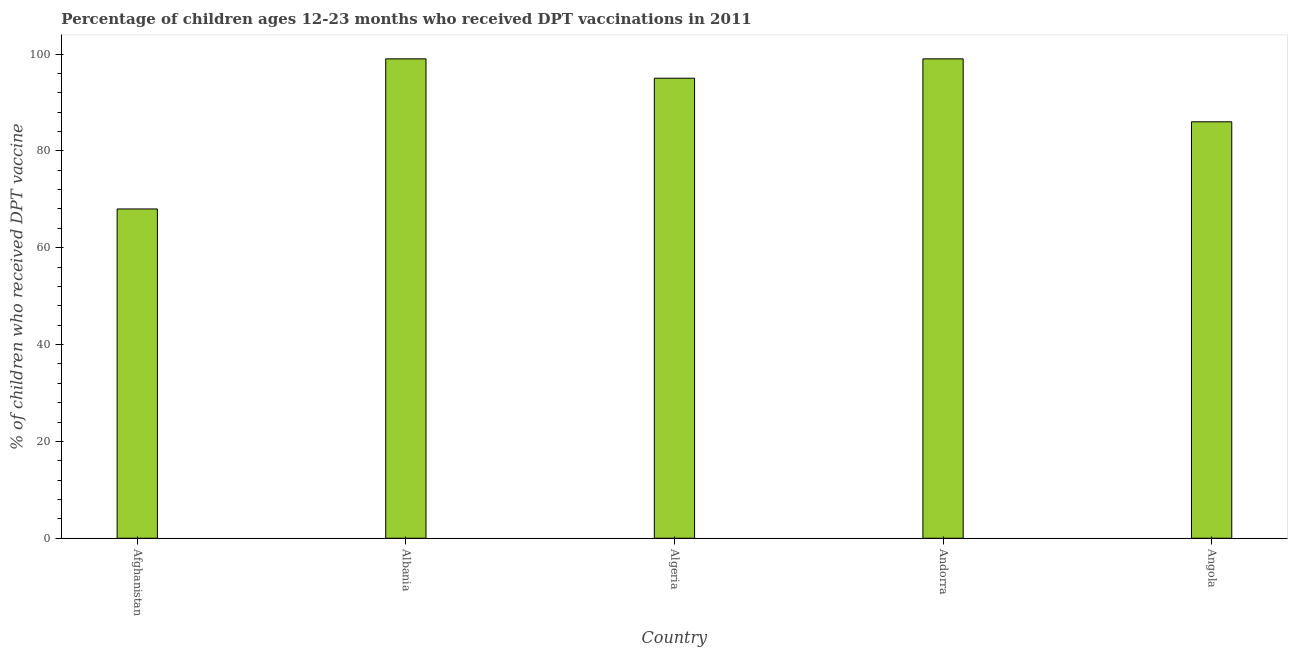
| Country | Immunization |
 | --- | --- |
 | Afghanistan | 68 |
 | Albania | 99 |
 | Algeria | 95 |
 | Andorra | 99 |
 | Angola | 86 |